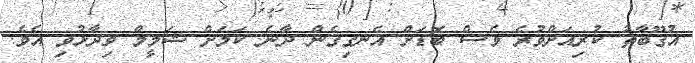
އުގޫބާތު ކުރިއަށްވުރެ ވެސް ބޮޑަށް އެނގިގެން ދާނެ ކަމަށް ޝަމީމް ވިދާޅުވި އެވެ.